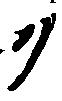
ク